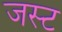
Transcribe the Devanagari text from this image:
जस्‍ट